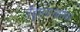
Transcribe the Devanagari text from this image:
तेंडूलकरबरोबर